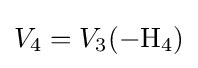
V_{4}=V_{3}(\mathrm {-H_{4}} )